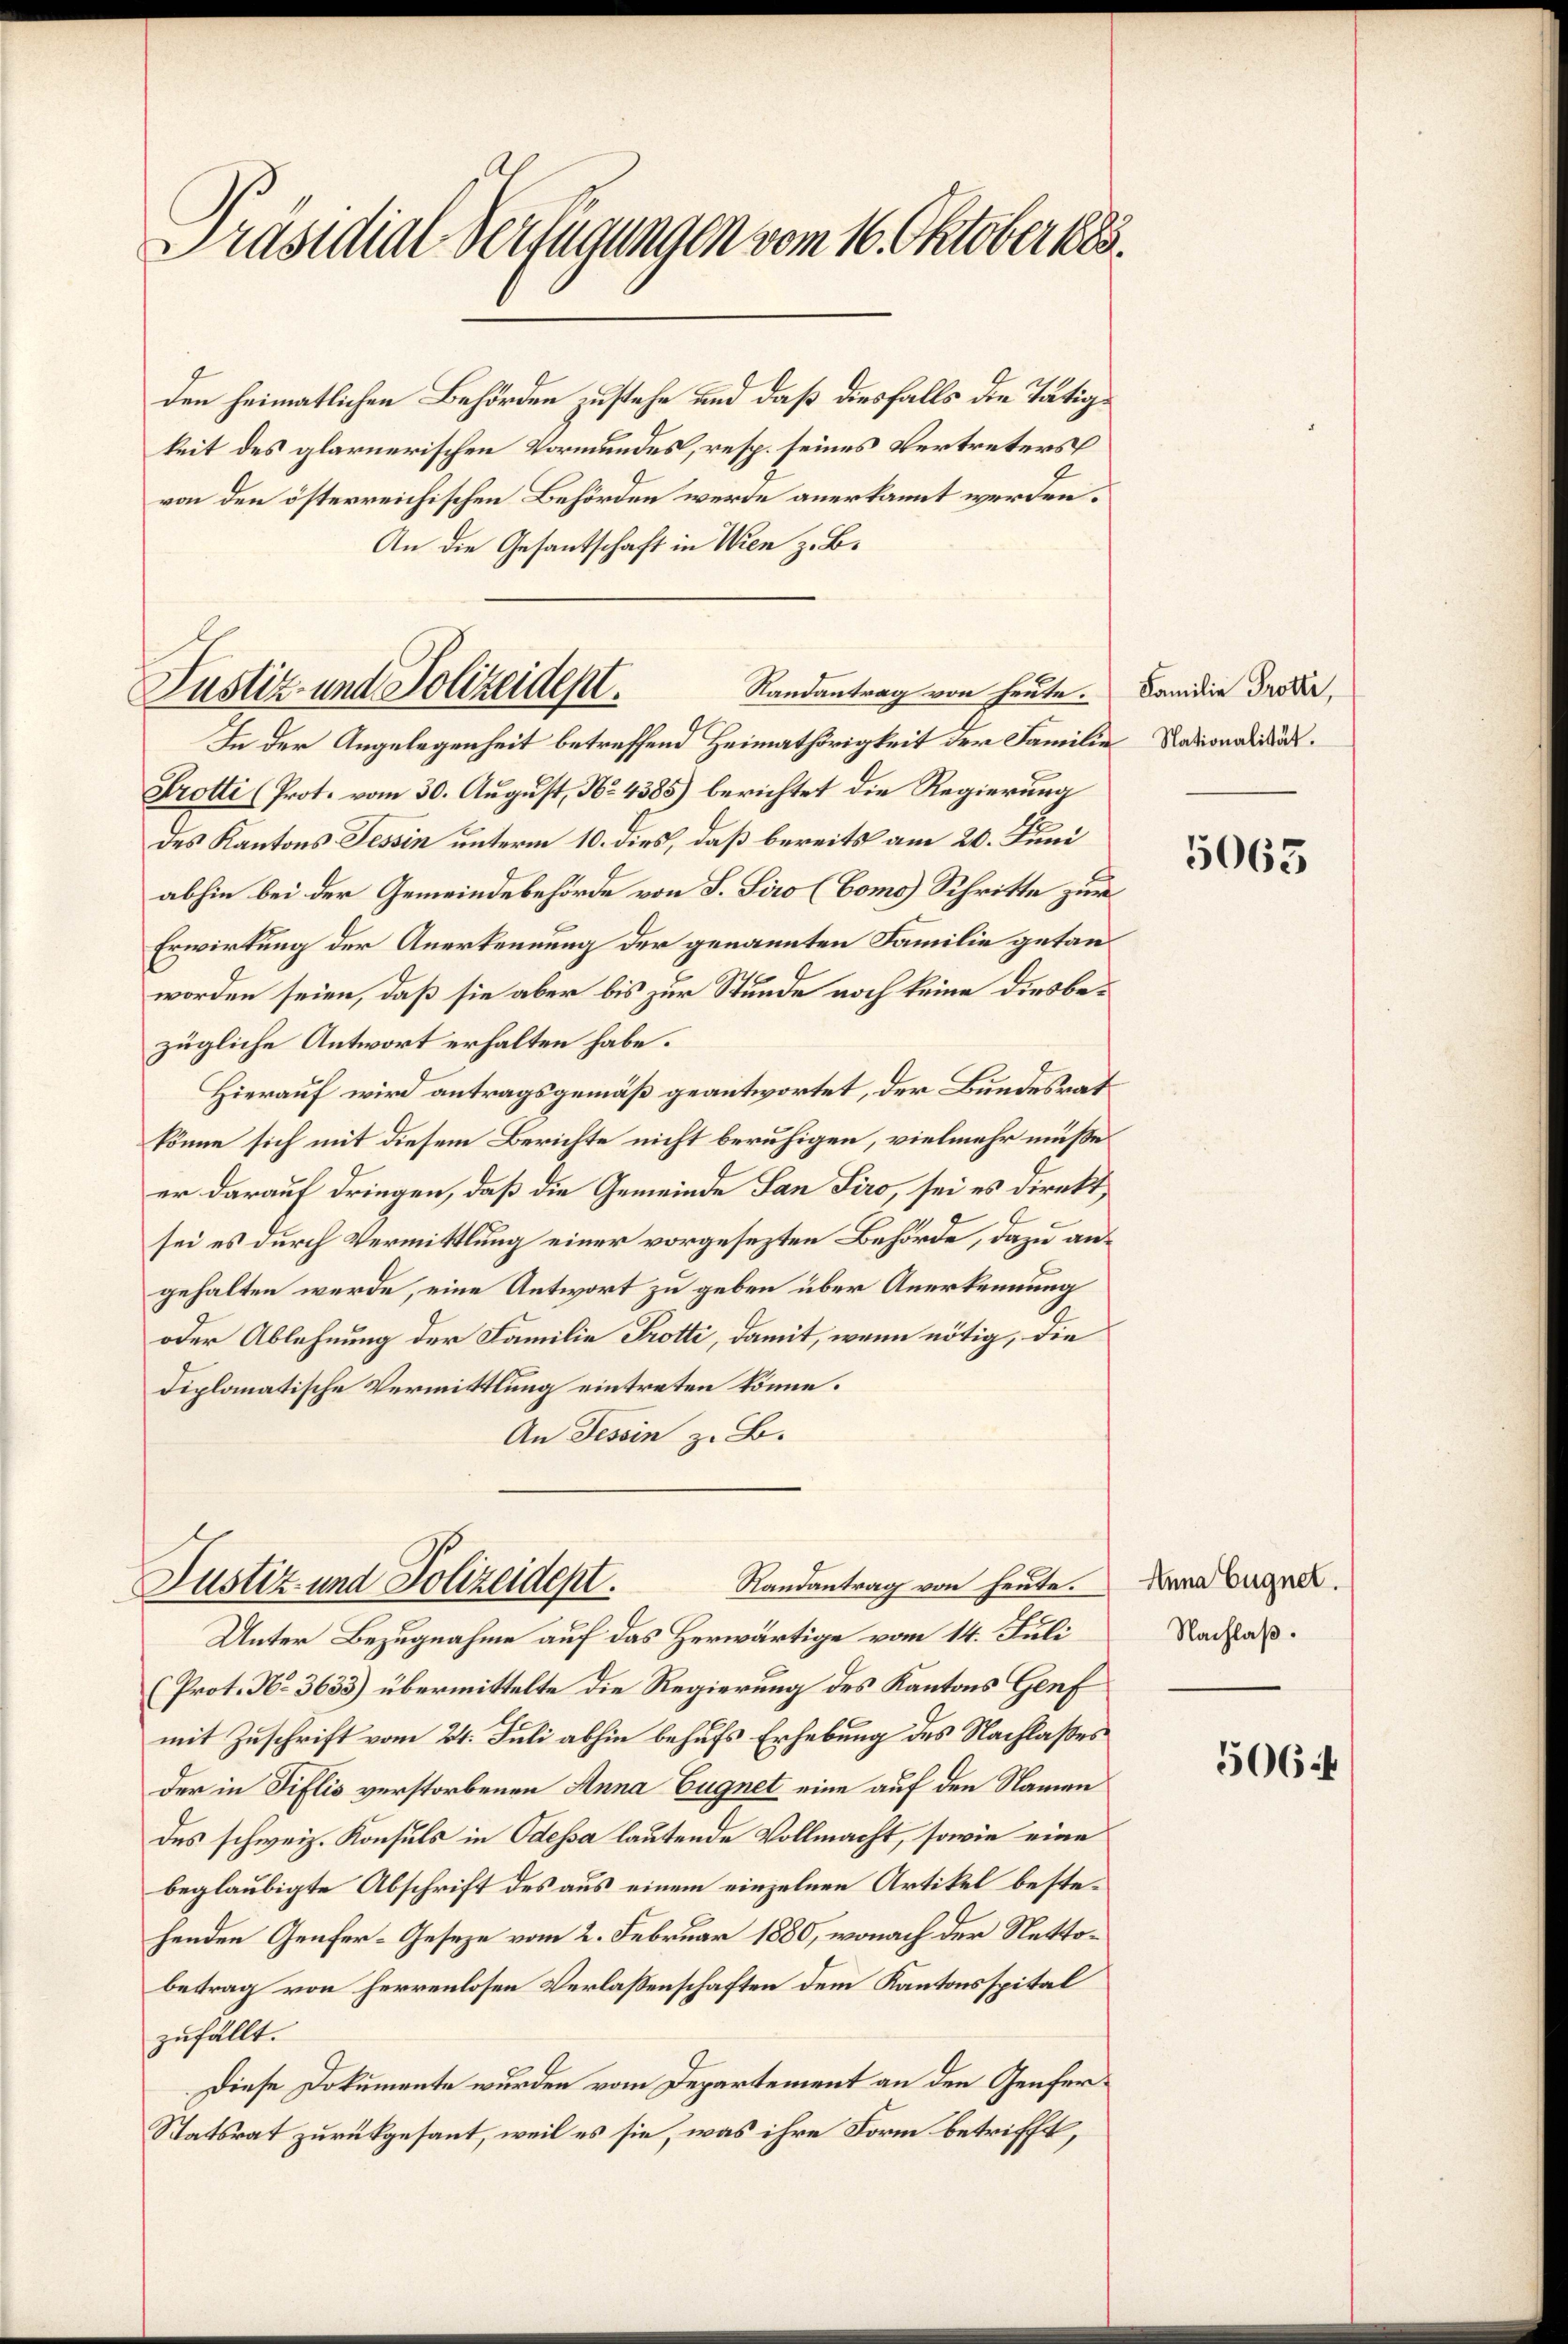
Präsidial-Verfügungen vom 16. Oktober 1883.

den heimatlichen Behörden zustehe und daß diesfalls die Tätig
keit des glarnerischen Vormundes, resp. seines Vertreters
von den österreichischen Behörden werde anerkannt werden.
An die Gesantschaft in Wien z. B.
Randantrag von heute.
In der Angelegenheit betreffend Heimathörigkeit der Familie Rationalität¬
Krotti (Prot. vom 30. August, No 4385) berichtet die Regierung
des Kantons Tessin unterm 10. dies, daß bereits am 20. Juni
abhin bei der Gemeindebehörde von S. Siro (Como) Schritte zur
Erwirkung der Anerkennung der genannten Familie getanworden seien, daß sie aber bis zur Stunde noch keine diesbezügliche Antwort erhalten habe.
Hierauf wird antragsgemäß geantwortet, der Bundesrat
könne sich mit diesem Berichte nicht beruhigen, vielmehr mußeer darauf dringen, daß die Gemeinde San Siro, sei es direkt,
sei es durch Vermittlung einer vorgesezten Behörde, dazu angehalten werde, eine Antwort zu geben über Anerkennung
oder Ablehnung der Familie Trotti, damit, wenn nötig, die
diplomatische Vermittlung eintreten könne.
An Tessin z. B.
Randantrag von heute.
Justiz und Polizeidept.
Unter Bezugnahme auf das Herwärtige vom 14. Juli
(Prot. N. 3633) übermittelte die Regierung des Kantons Genf
mit Zuschrift vom 24. Juli abhin behufs Erhebung des Nachlaßes
der in Fiflis verstorbenen Anna Eugnet eine auf den Namen
des schweiz. Konsuls in Odessa lautende Vollmacht, sowie eine
beglaubigte Abschrift des aus einem einzelnen Artikel bestehenden Genfer-Geseze vom 2. Februar 1880, wonach der Nettobetrag von herrenlosen Verlassenschaften dem Kantonsspital
zufällt.
Diese Dokumente wurden vom Departement an den Genfer¬
Statsrat zurückgesant, weil es sie, was ihre Form betrifft,

Justiz- und Polizeidept.

Familie Trotte,

5063

Anna Eugnet.
Nachlaß.

506.